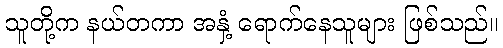
သူတို့က နယ်တကာ အနှံ့ ရောက်နေသူများ ဖြစ်သည်။